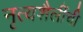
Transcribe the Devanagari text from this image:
नृत्यशैलींची